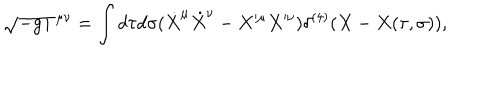
\sqrt { - g } T ^ { \mu \nu } = \int d \tau d \sigma ( \dot { X } ^ { \mu } \dot { X } ^ { \nu } - X ^ { \mu } X ^ { \nu } ) \delta ^ { ( 4 ) } ( X - X ( \tau , \sigma ) ) ,